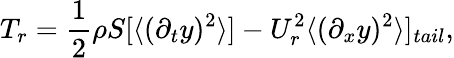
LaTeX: T_{r}=\frac{1}{2}\rho S[\langle(\partial_{t}y)^{2}\rangle]-U_{r}^{2}\langle(\partial_{x}y)^{2}\rangle]_{tail},